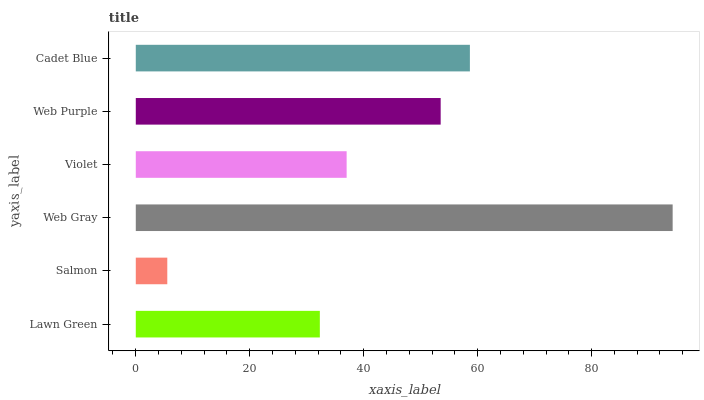
| yaxis_label | bars |
 | --- | --- |
 | Lawn Green | 32.3 |
 | Salmon | 5.53 |
 | Web Gray | 94.2 |
 | Violet | 37 |
 | Web Purple | 53.5 |
 | Cadet Blue | 58.6 |